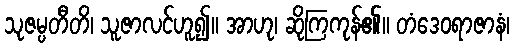
သုဇမ္ပတီတိ၊ သူဇာလင်ဟူ၍။ အာဟု၊ ဆိုကြကုန်၏။ တံဒေဝရာဇာနံ၊